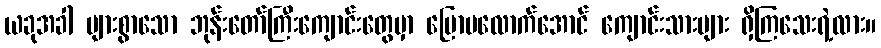
ယခုအခါ များစွာသော ဘုန်းတော်ကြီးကျောင်းတွေမှာ ပြောပလောက်အောင် ကျောင်းသားများ ရှိကြသေးရဲ့လား။